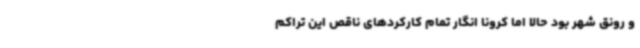
و رونق شهر بود حالا اما کرونا انگار تمام کارکردهای ناقص این تراکم